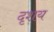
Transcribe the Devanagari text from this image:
दृशय